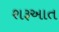
શરૂઅાત